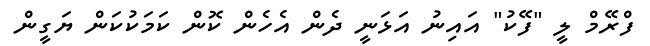
ފްރޭމް ލީ "ފޭކު" އައިނު އަޅަނީ ދެން އެހެން ކޮން ކަމަކުކަން ޔަގީން